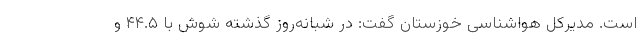
است. مدیرکل هواشناسی خوزستان گفت: در شبانه‌روز گذشته شوش با ۴۴.۵ و